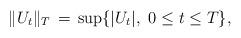
LaTeX: \begin{align*} \|U_t\|_T\,=\,\sup\{|U_t|,\,\,0\leq t\leq T\},\end{align*}